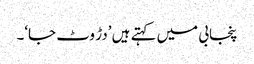
پنجابی میں کہتے ہیں ’دڑ وٹ جا‘۔